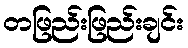
တဖြည်းဖြည်းချင်း